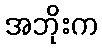
အဘိုးက